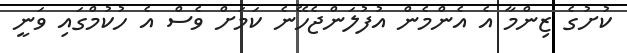
ކުށުގެ ޒިންމާ އެ އެންމެން އުފުލަންޖެހޭނެ ކަމަށް ވެސް އެ ހުކުމްގައި ވަނީ